Plague in India, 1896, 1897 - Volume 1
Year: 1896
Disease focus: Plague
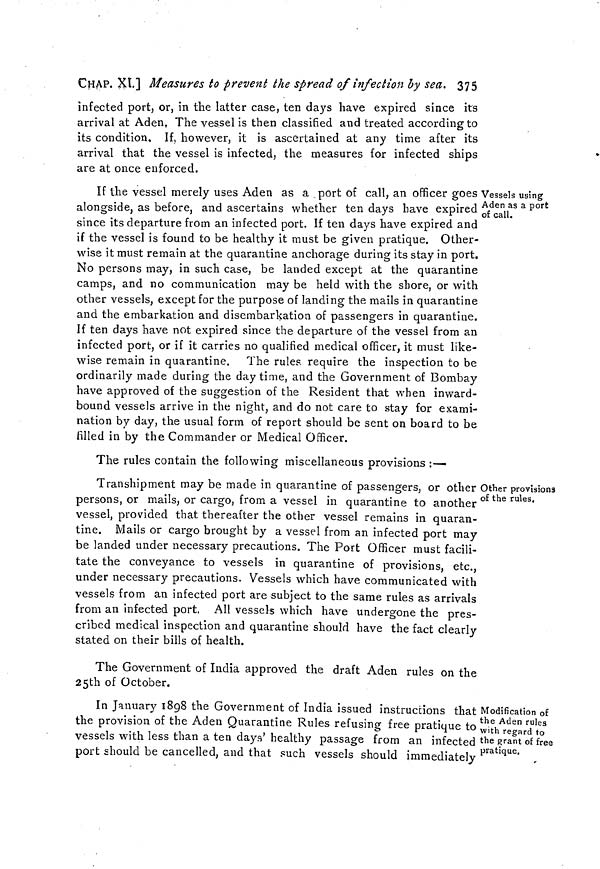
CHAP. XI] Measures to prevent the spread of infection by sea. 375
infected port, or, in the latter case, ten days have expired since its
arrival at Aden, The vessel is then classified and treated according to
its condition. If, however, it is ascertained at any time after its
arrival that the vessel is infected, the measures for infected ships
are at once enforced.
Vessels using
Aden as a port
of call.
If the vessel merely uses Aden as a port of call, an officer goes
alongside, as before, and ascertains whether ten days have expired
since its departure from an infected port. If ten days have expired and
if the vessel is found to be healthy it must be given pratique. Other-
wise it must remain at the quarantine anchorage during its stay in port.
No persons may, in such case, be landed except at the quarantine
camps, and no communication may be held with the shore, or with
other vessels, except for the purpose of landing the mails in quarantine
and the embarkation and disembarkation of passengers in quarantine.
If ten days have not expired since the departure of the vessel from an
infected port, or if it carries no qualified medical officer, it must like-
wise remain in quarantine. The rules, require the inspection to be
ordinarily made during the day time, and the Government of Bombay
have approved of the suggestion of the Resident that when inward-
bound vessels arrive in the night, and do not care to stay for exami-
nation by day, the usual form of report should be sent on board to be
filled in by the Commander or Medical Officer.
The rules contain the following miscellaneous provisions :—
Other provisions
of the rules.
Transhipment may be made in quarantine of passengers, or other
persons, or mails, or cargo, from a vessel in quarantine to another
vessel, provided that thereafter the other vessel remains in quaran-
tine. Mails or cargo brought by a vessel from an infected port may
be landed under necessary precautions. The Port Officer must facili-
tate the conveyance to vessels in quarantine of provisions, etc.,
under necessary precautions. Vessels which have communicated with
vessels from an infected port are subject to the same rules as arrivals
from an infected port, All vessels which have undergone the pres-
cribed medical inspection and quarantine should have the fact clearly
stated on their bills of health.
The Government of India approved the draft Aden rules on the
25th of October.
Modification of
the Aden rules
with regard to
the grant of free
pratique.
In January 1898 the Government of India issued instructions that
the provision of the Aden Quarantine Rules refusing free pratique to
vessels with less than a ten days' healthy passage from an infected
port should be cancelled, and that such vessels should immediately